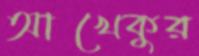
আখেকুর